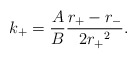
\begin{align*}k_+ = \frac{A}{B}\frac{r_+ - r_-}{2{r_+}^2}. \end{align*}